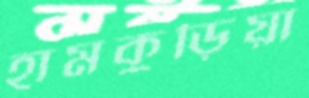
হামকুড়িয়া